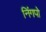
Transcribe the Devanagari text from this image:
निंगपो